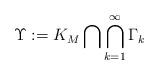
LaTeX: \begin{align*}\Upsilon : = K_M \bigcap \bigcap_{k=1}^{\infty} \Gamma_k\end{align*}